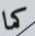
كما